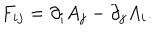
LaTeX: F _ { i j } = \partial _ { i } A _ { j } - \partial _ { j } A _ { i } .